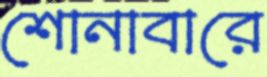
শোনাবারে